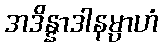
အဒိန္နာဒါနမ္ပာဟံ